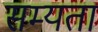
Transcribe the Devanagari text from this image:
सम्यता